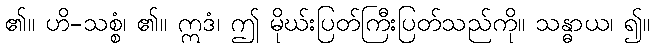
၏။ ဟိ-သစ္စံ၊ ၏။ ဣဒံ၊ ဤ မိုဃ်းပြတ်ကြီးပြတ်သည်ကို။ သန္ဓာယ၊ ၍။